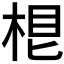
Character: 𣒨